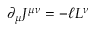
\partial _ { \mu } J ^ { \mu \nu } = - \ell L ^ { \nu }